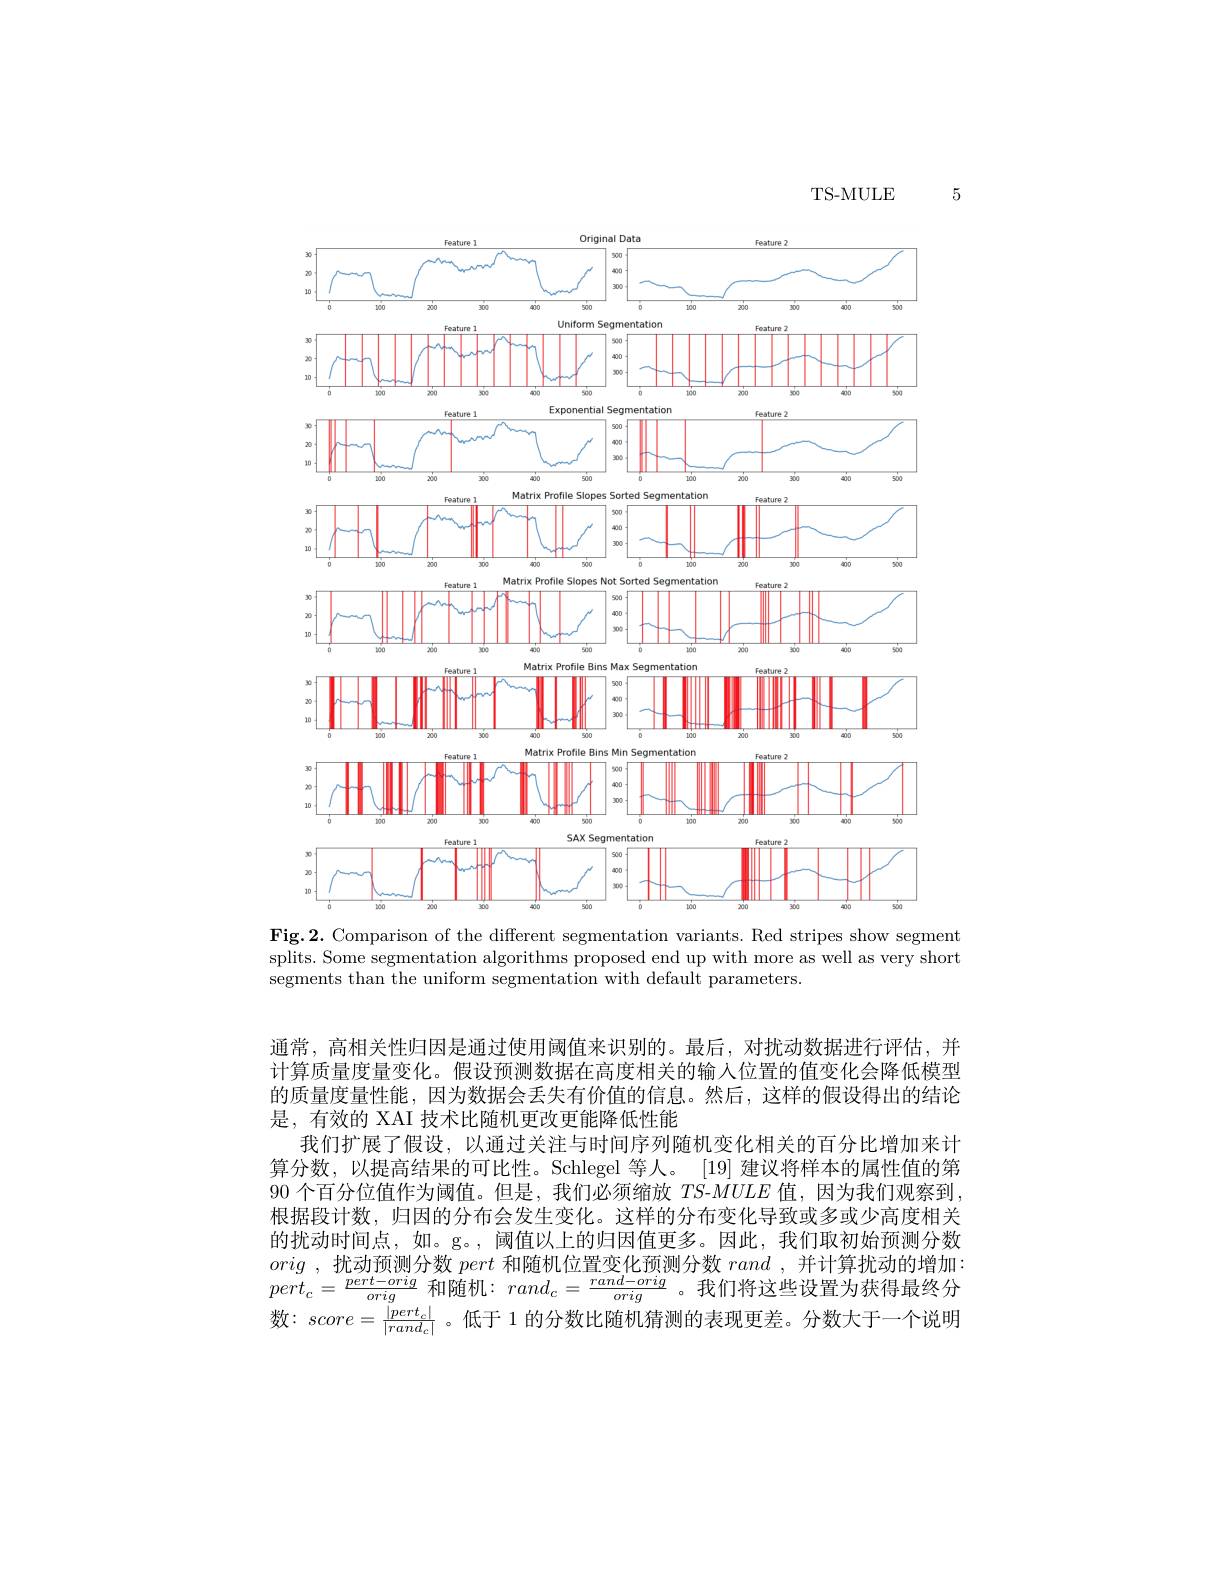
TS- MULE

5

<FigureHere>

Fig.2. Comparison of the different segmentation variants. Red stripes show segment splits. Some segmentation algorithms proposed end up with more as well as very short segments than the uniform segmentation with default parameters.

通常，高相关性归因是通过使用阈值来识别的。最后，对扰动数据进行评估，并计算质量度量变化。假设预测数据在高度相关的输入位置的值变化会降低模型的质量度量性能，因为数据会丢失有价值的信息。然后，这样的假设得出的结论是，有效的 XAI 技术比随机更改更能降低性能
我们扩展了假设，以通过关注与时间序列随机变化相关的百分比增加来计算分数，以提高结果的可比性。Schlegel 等人。[19] 建议将样本的属性值的第90 个百分位值作为阈值。但是，我们必须缩放$TS-MULE$值，因为我们观察到， 根据段计数，归因的分布会发生变化。这样的分布变化导致或多或少高度相关的扰动时间点，如。g。,阈值以上的归因值更多。因此，我们取初始预测分数orig ,扰动预测分数pert和随机位置变化预测分数rand ,并计算扰动的增加： $pert_{c}=\frac{pert-orig}{orig}$和随机：$rand_c=\frac{rand-orig}{orig}$。我们将这些设置为获得最终分origorig 数 : score$= \frac {| pert_c| }{| rand_c| }$。低 于 1 的 分 数 比 随 机 猜 测 的 表 现 更 差 。分 数 大 于 一 个 说 明